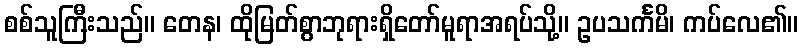
စစ်သူကြီးသည်။ တေန၊ ထိုမြတ်စွာဘုရားရှိတော်မူရာအရပ်သို့။ ဥပသင်္ကမိ၊ ကပ်လေ၏။